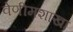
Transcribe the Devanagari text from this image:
वेणीमशाखा